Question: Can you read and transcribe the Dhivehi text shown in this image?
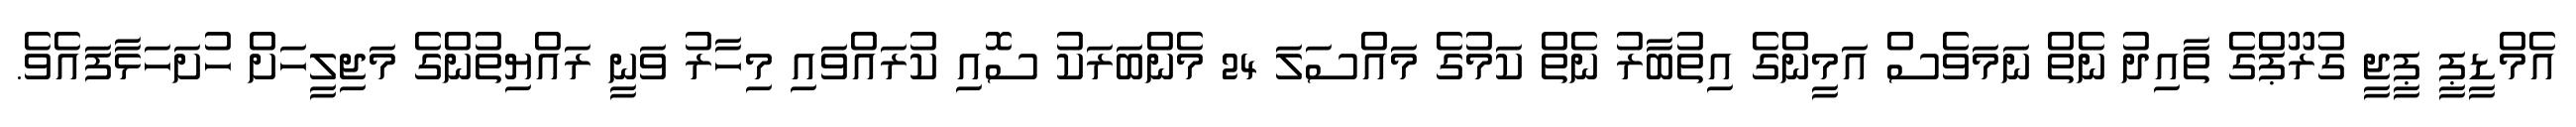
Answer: އެމްޑީޕީ ޕީޖީ ގުރޫޕްގެ ތާއިދު ނެތް ނަމަވެސް އަމީންގެ އިތުބާރު ނެތް ކަމުގެ މައްސަލަ 24 މެންބަރަކު ސޮއި ކުރައްވައި މިހާރު ވަނީ ރައްޔިތުންގެ މަޖިލީހަށް ހުށަހަޅާފައެވެ.